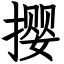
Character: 撄